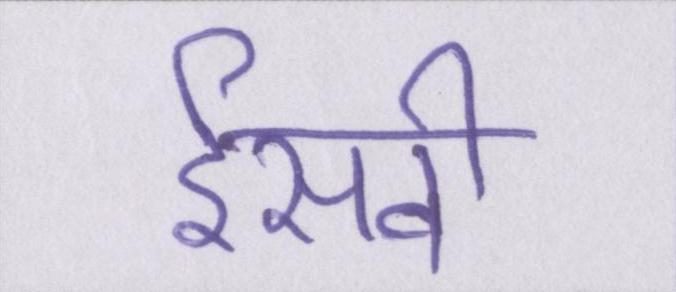
ईसवी